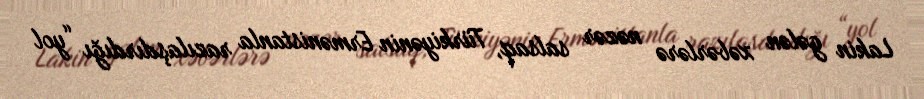
Lakin gələn xəbərlərə nəzər salsaq, Türkiyənin Ermənistanla razılaşdırdığı “yol